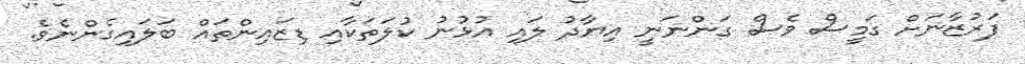
ފަރުޒާނަށް ގަމީސް ވެސް ގަންނަނީ އިޔާދު ލައި އުޅުނު ކުލަތަކާއި ޑިޒައިންތައް ބަލައިގެންނެވެ.